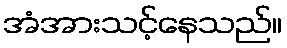
အံအားသင့်နေသည်။